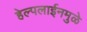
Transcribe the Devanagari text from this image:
हेल्पलाईनमुळे